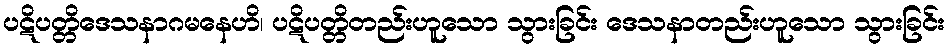
ပဋိပတ္တိဒေသနာဂမနေဟိ၊ ပဋိပတ္တိတည်းဟူသော သွားခြင်း ဒေသနာတည်းဟူသော သွားခြင်း